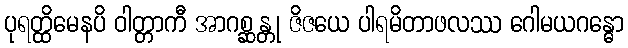
ပုရတ္ထိမေနပိ ဝါတ္တာကီ အာဂစ္ဆန္တု ဇိဇယေ ပါရမိတာဖလဿ ဂေါမယဂန္ဓော